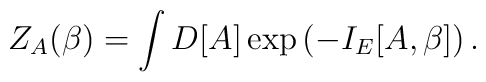
Z_A(\beta) = \int D[A] \exp\left(-I_E[A,\beta] \right).